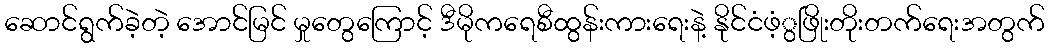
ဆောင်ရွက်ခဲ့တဲ့ အောင်မြင် မှုတွေကြောင့် ဒီမိုကရေစီထွန်းကားရေးနဲ့ နိုင်ငံဖံ့ွဖြိုးတိုးတက်ရေးအတွက်